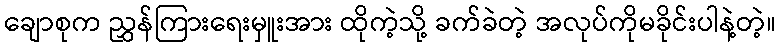
ချောစုက ညွှန်ကြားရေးမှူးအား ထိုကဲ့သို့ ခက်ခဲတဲ့ အလုပ်ကိုမခိုင်းပါနဲ့တဲ့။